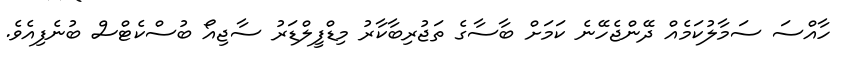
ހާއްސަ ސަމާލުކަމެއް ދޭންޖެހޭނެ ކަމަށް ބާސާގެ ތަޖުރިބާކާރު މިޑްފީލްޑަރު ސާޖިއޯ ބުސްކެޓްސް ބުނެފިއެވެ.